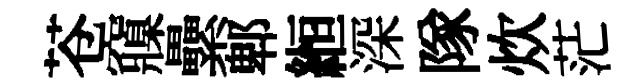
苍䆿纍郫縆深隊炊茫